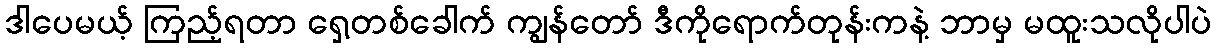
ဒါပေမယ့် ကြည့်ရတာ ရှေ့တစ်ခေါက် ကျွန်တော် ဒီကိုရောက်တုန်းကနဲ့ ဘာမှ မထူးသလိုပါပဲ